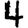
Digit: 4